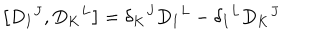
\left[ D _ { I } { } ^ { J } , D _ { K } { } ^ { L } \right] = \delta _ { K } { } ^ { J } D _ { I } { } ^ { L } - \delta _ { I } { } ^ { L } D _ { K } { } ^ { J }